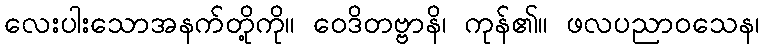
လေးပါးသောအနက်တို့ကို။ ဝေဒိတဗ္ဗာနိ၊ ကုန်၏။ ဖလပညာဝသေန၊